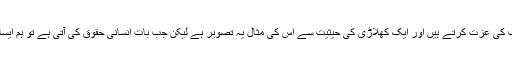
تصویر کے ساتھ شاہد آفریدی نے لکھا ہے کہ ہم سب کی عزت کرتے ہیں اور ایک کھلاڑی کی حیثیت سے اس کی مثال یہ تصویر ہے لیکن جب بات انسانی حقوق کی آتی ہے تو ہم ایسا سلوک معصوم کشمیریوں کے ساتھ بھی چاہتے ہیں۔